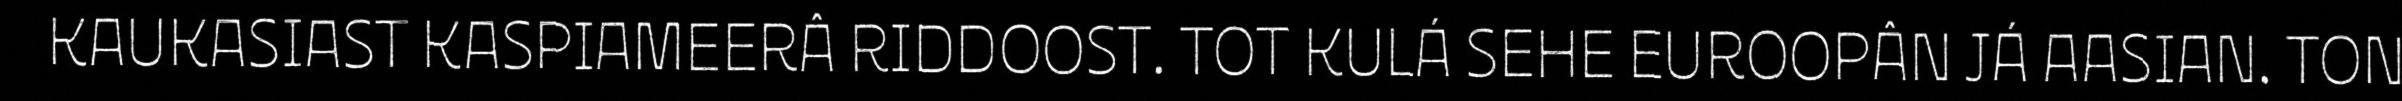
KAUKASIAST KASPIAMEERÂ RIDDOOST. TOT KULÁ SEHE EUROOPÂN JÁ AASIAN. TON